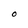
Character: O